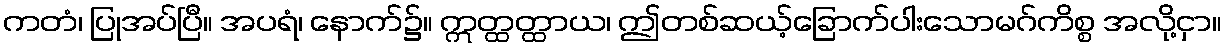
ကတံ၊ ပြုအပ်ပြီ။ အပရံ၊ နောက်၌။ ဣတ္ထတ္ထာယ၊ ဤတစ်ဆယ့်ခြောက်ပါးသောမဂ်ကိစ္စ အလို့ငှာ။